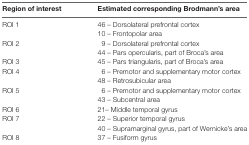
| Region of interest | Estimated corresponding Brodmann’s area |
 | --- | --- |
 | ROI 1 | 46 – Dorsolateral prefrontal cortex |
 |  | 10 – Frontopolar area |
 | ROI 2 | 9 – Dorsolateral prefrontal cortex |
 |  | 44 – Pars opercularis, part of Broca’s area |
 | ROI 3 | 45 – Pars triangularis, part of Broca’s area |
 | ROI 4 | 6 – Premotor and supplementary motor cortex |
 |  | 48 – Retrosubicular area |
 | ROI 5 | 6 – Premotor and supplementary motor cortex |
 |  | 43 – Subcentral area |
 | ROI 6 | 21 – Middle temporal gyrus |
 | ROI 7 | 22 – Superior temporal gyrus |
 |  | 40 – Supramarginal gyrus, part of Wernicke’s area |
 | ROI 8 | 37 – Fusiform gyrus |